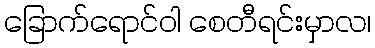
ခြောက်ရောင်ဝါ စေတီရင်းမှာလ၊